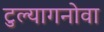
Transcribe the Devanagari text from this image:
टुल्यागनोवा